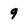
Character: 9